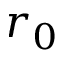
r _ { 0 }